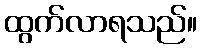
ထွက်လာရသည်။